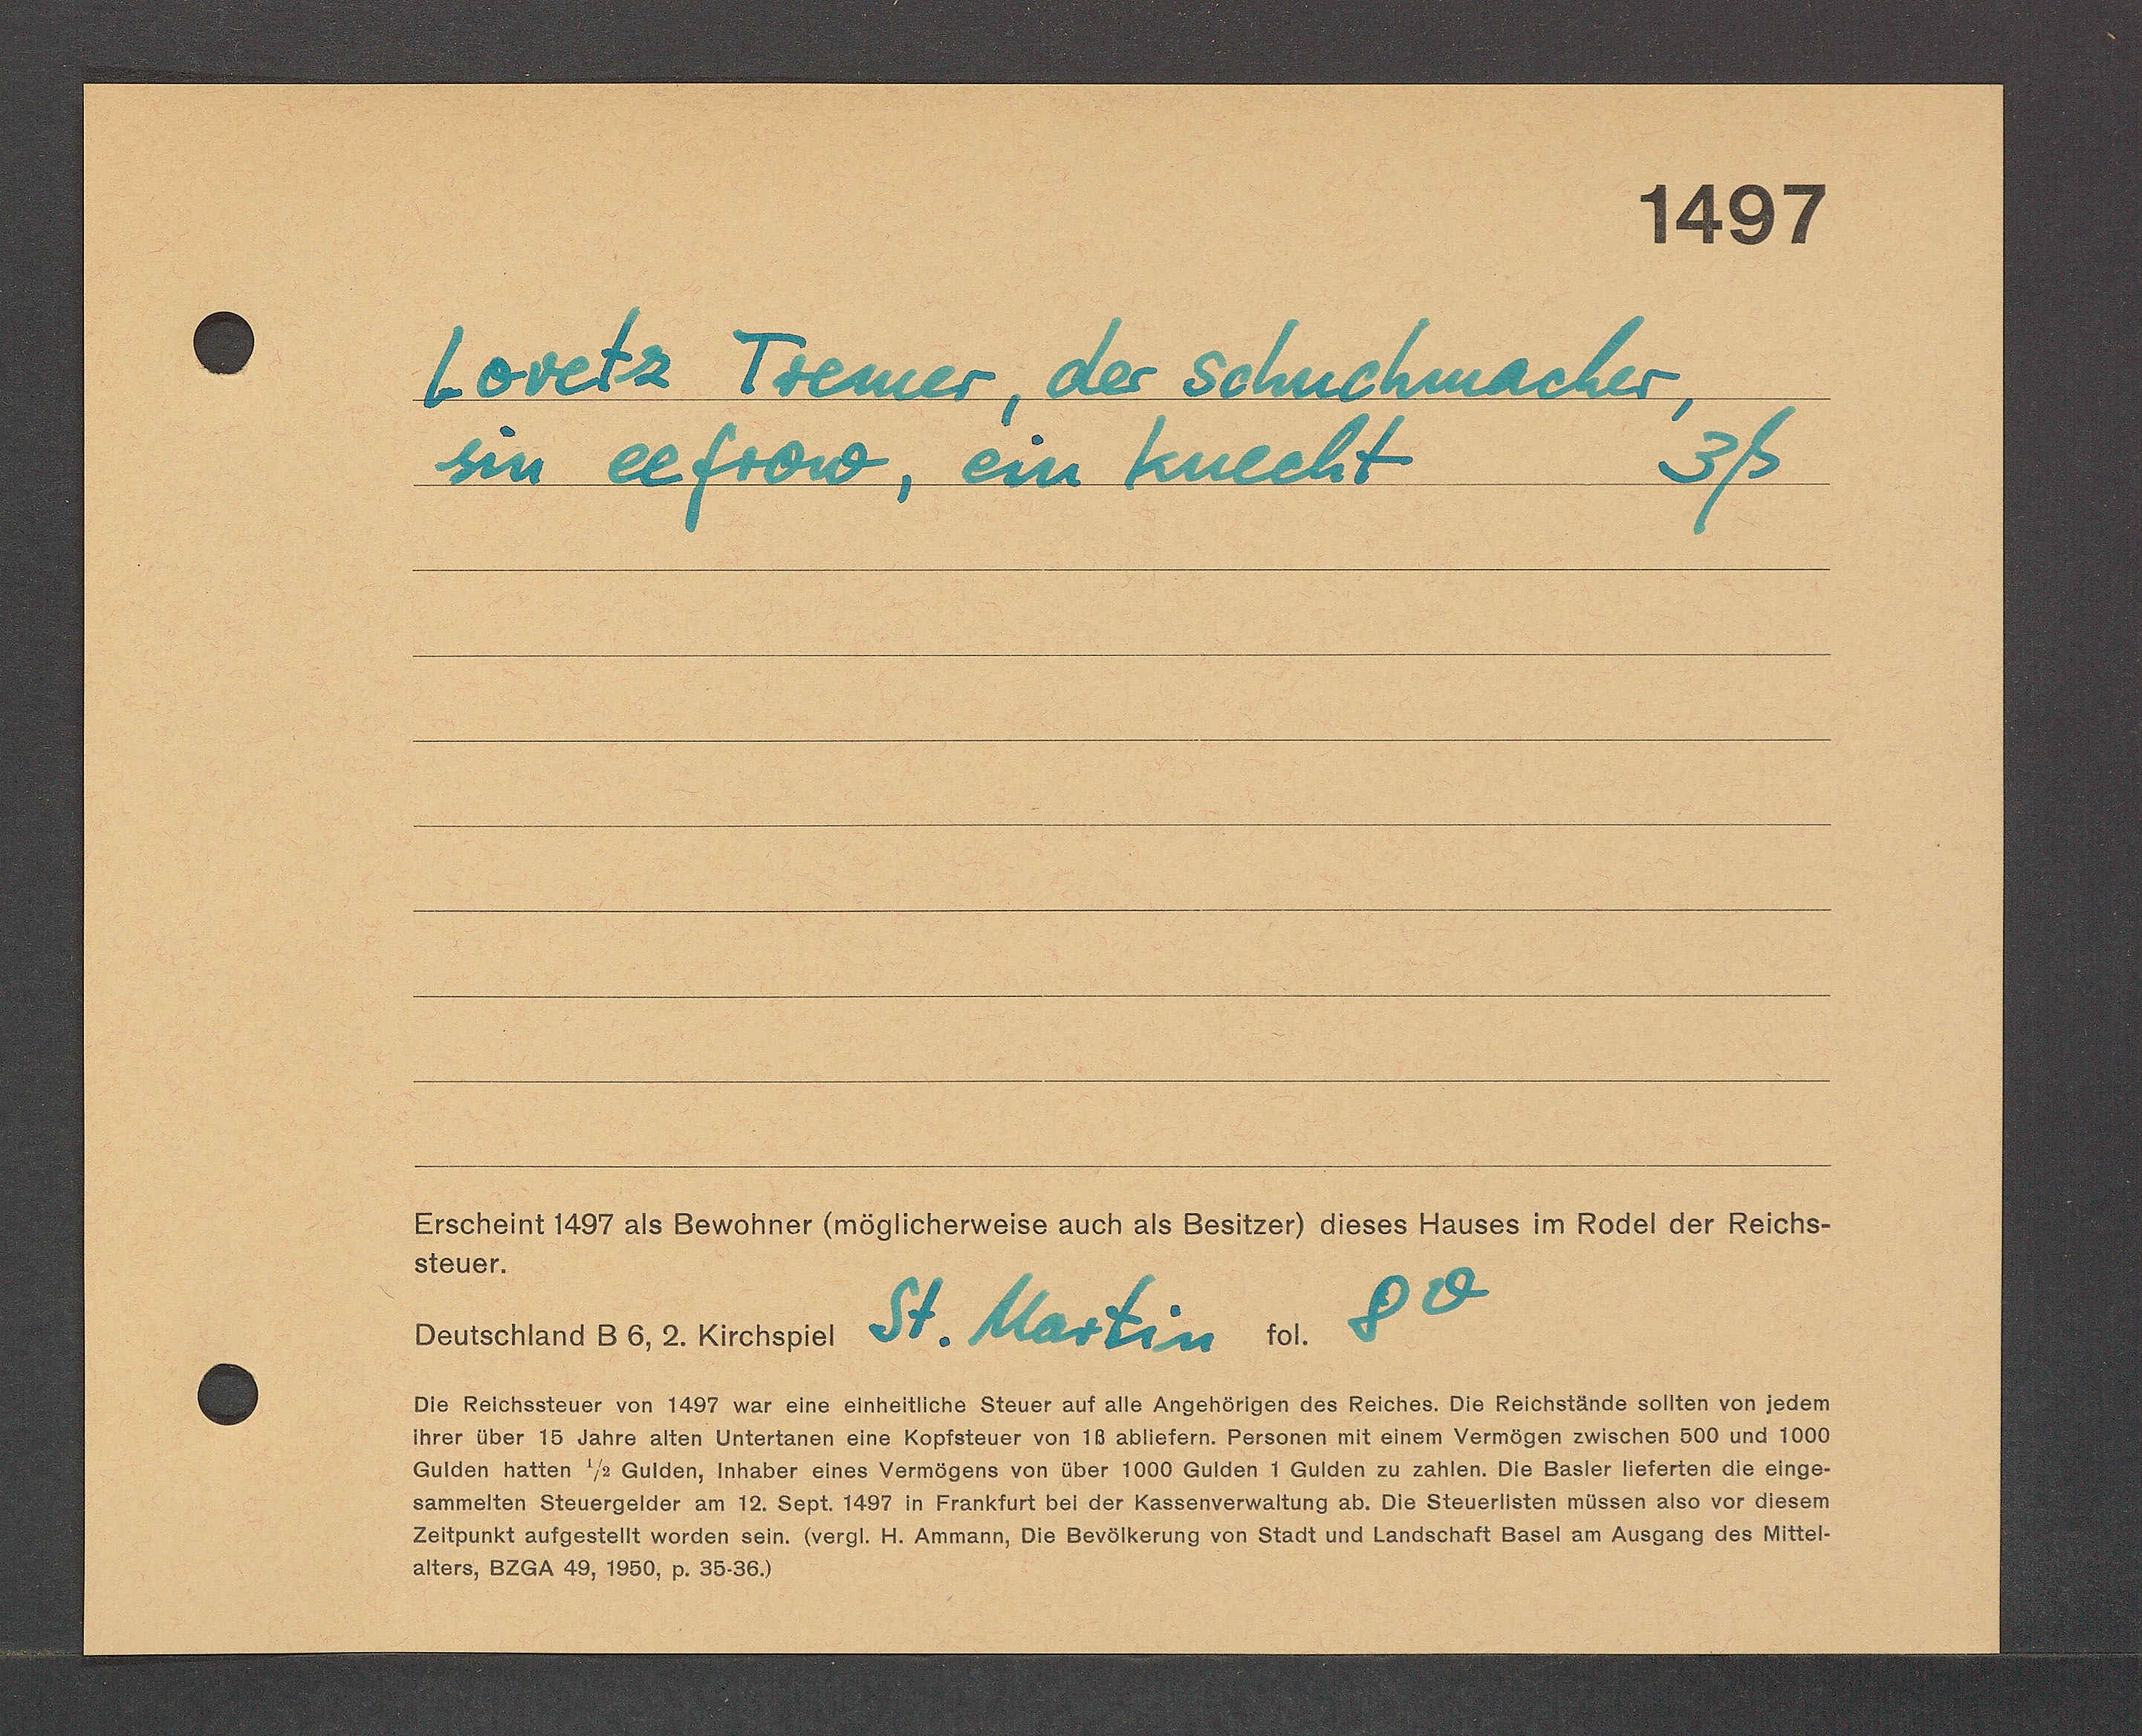
Transcript:
Loretz Tremer, der Schuchmacher,
sin eefrow, ein knecht 3ß
8v
St. Martin